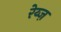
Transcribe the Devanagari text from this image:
रेय्ज़